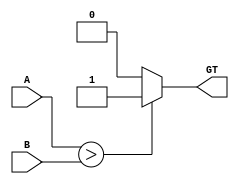
`timescale 1ns / 1ps

module CMP(
input [3:0] A,B,
output  GT
    );
assign GT = (A > B)? 1:0;
//assign GT = |A[31:1];//bitwise or

endmodule